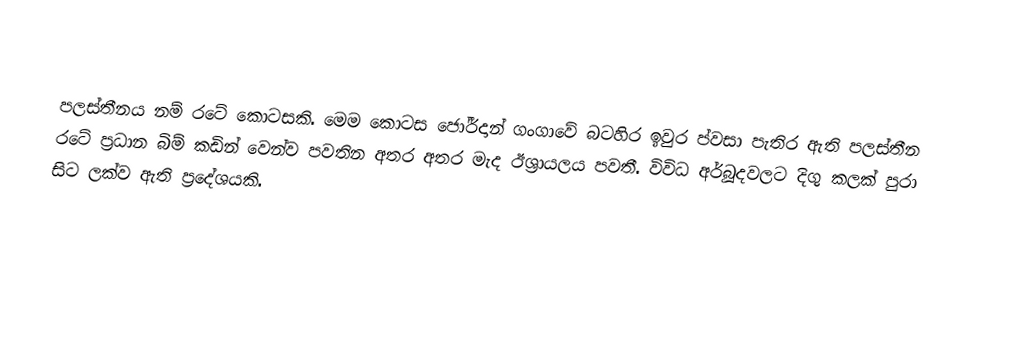

පලස්තීනය නම් රටේ කොටසකි. මෙම කොටස ජෝර්දාන් ගංගාවේ බටහිර ඉවුර ප්වසා පැතිර ඇති පලස්තීන රටේ ප්‍රධාන බිම් කඩින් වෙන්ව පවතින අතර අතර මැද ඊශ්‍රායලය පවතී. විවිධ අර්බූදවලට දිගු කලක් පුරා සිට ලක්ව ඇති ප්‍රදේශයකි.